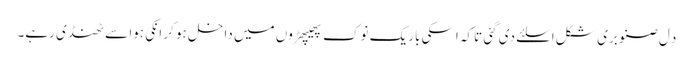
دِل صنوبری شکل اِسلئے دی گئی تاکہ اسکی باریک نوک پھیپھڑوں میں داخل ہو کر انکی ہوا سے ٹھنڈی رہے۔